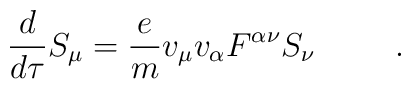
\frac{d}{d\tau}S_{\mu} =\frac{e}{m}v_{\mu}v_{\alpha}F^{\alpha\nu}S_{\nu}\hspace{.4in}.